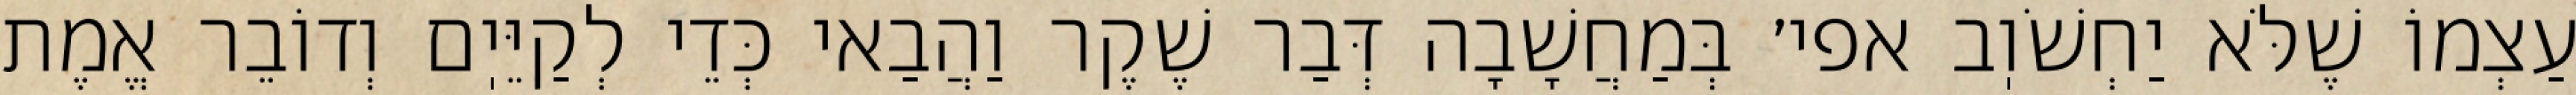
עַצְמוֹ שֶׁלֹּא יַחְשֹׁוֽב אפי׳ בְּמַחֲשָׁבָה דְּבַר שֶׁקֶר וַהֲבַאי כְּדֵי לְקַיֵּיֽם וְדוֹבֵר אֱמֶת